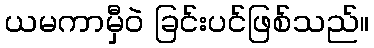
ယမကာမှီဝဲ ခြင်းပင်ဖြစ်သည်။